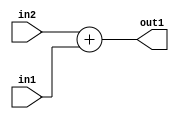
`timescale 1ps / 1ps
/*****************************************************************************
    Verilog RTL Description
    
    
    Created by: Stratus DpOpt 21.05.01 
*******************************************************************************/

module SobelFilter_Add_24Ux14U_25S_1 (
	in2,
	in1,
	out1
	); /* architecture "behavioural" */ 
input [23:0] in2;
input [13:0] in1;
output [24:0] out1;
wire [24:0] asc001;

assign asc001 = 
	+(in2)
	+(in1);

assign out1 = asc001;
endmodule

/* CADENCE  ubHySQ0= : u9/ySxbfrwZIxEzHVQQV8Q== ** DO NOT EDIT THIS LINE ******/